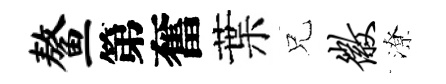
鳌第奮葉兄徽潦